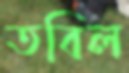
তবিল